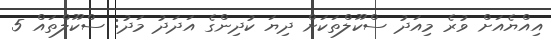
އިއްޔެއަށް ވުރެ މިއަދު ސްކޫލްތަކަށް ދިޔަ ކުދިންގެ އަދަދު މަދު: ސްކޫލްތައް 5